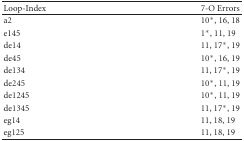
<table><thead><tr><td><b>Loop-Index</b></td><td><b> 7-O Errors</b></td></tr></thead><tbody><tr><td> a2</td><td> 10*, 16, 18</td></tr><tr><td>e145</td><td> 1*, 11, 19</td></tr><tr><td>de14</td><td> 11, 17*, 19</td></tr><tr><td>de45</td><td> 10*, 16, 19</td></tr><tr><td>de134</td><td> 11, 17*, 19</td></tr><tr><td>de245</td><td> 10*, 11, 19</td></tr><tr><td>de1245</td><td> 10*, 11, 19</td></tr><tr><td>de1345</td><td> 11, 17*, 19</td></tr><tr><td>eg14</td><td> 11, 18, 19</td></tr><tr><td>eg125</td><td> 11, 18, 19</td></tr></tbody></table>